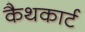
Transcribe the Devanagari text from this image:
कैथकार्ट